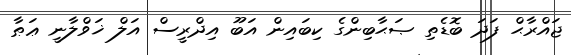
ޖައްރާޙް ފަދަ ބޮޑެތި ޞަޙާބިންގެ ކިބައިން އަބޫ އިދްރީސް އަލް ޚަވްލާނީ ޢަޠާ